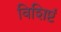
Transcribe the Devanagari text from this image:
विशिष्टं